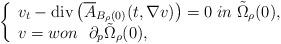
LaTeX: \begin{align*} \left\{ \begin{array}{l} {v_t} - \operatorname{div}\left( {\overline{A}_{B_{\rho}(0)}(t,\nabla v)} \right) = 0 \;in\;\tilde{\Omega}_\rho(0),\\ v = won~~\partial_{p}\tilde{\Omega}_\rho(0), \\ \end{array} \right. \end{align*}